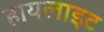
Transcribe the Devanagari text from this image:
हायलाइट